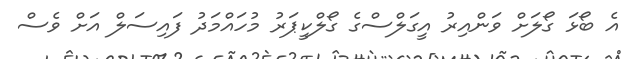
އެ ބޯޅަ ގޯލަށް ވަންއިރު އީގަލްސްގެ ގޯލްކީޕަރު މުހައްމަދު ފައިސަލް އަށް ވެސް